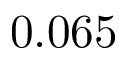
0 . 0 6 5